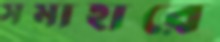
সমাহারে